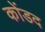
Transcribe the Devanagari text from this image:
कोंडद